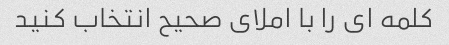
کلمه ای را با املای صحیح انتخاب کنید